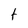
Character: t